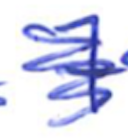
Text: 7
Cross-out: scratch
Writing tool: ballpoint